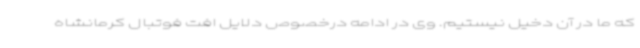
که ما در آن دخیل نیستیم. وی در ادامه درخصوص دلایل افت فوتبال کرمانشاه